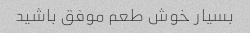
بسیار خوش طعم موفق باشید